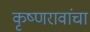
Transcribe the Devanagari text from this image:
कृष्णरावांचा